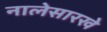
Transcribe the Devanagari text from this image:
नालेसारखे